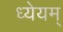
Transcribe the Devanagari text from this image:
ध्येयम्‌